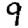
Digit: 9